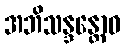
အဘိသန္ဒန္တောဝ